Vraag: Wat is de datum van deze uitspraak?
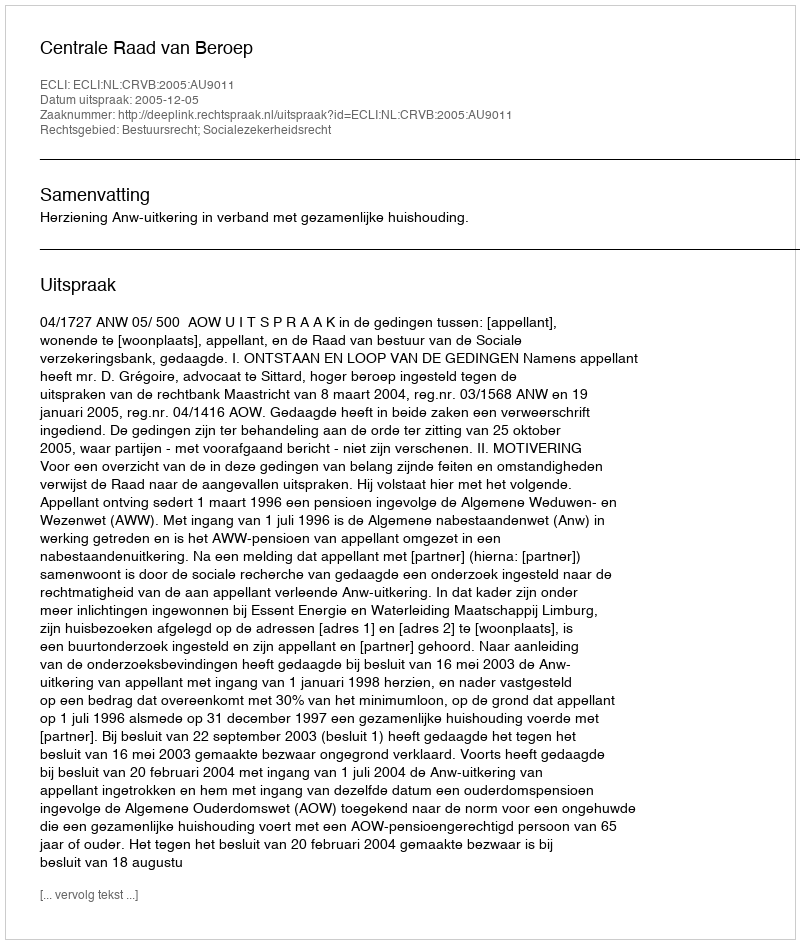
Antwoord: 2005-12-05